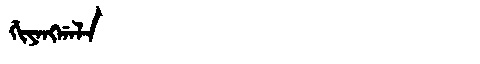
Manchu: ᡤᡳᠶᠠᠩᡤᠠᠯᠠ
Romanization: GIYANGGALA